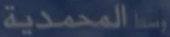
المحمدية وسط